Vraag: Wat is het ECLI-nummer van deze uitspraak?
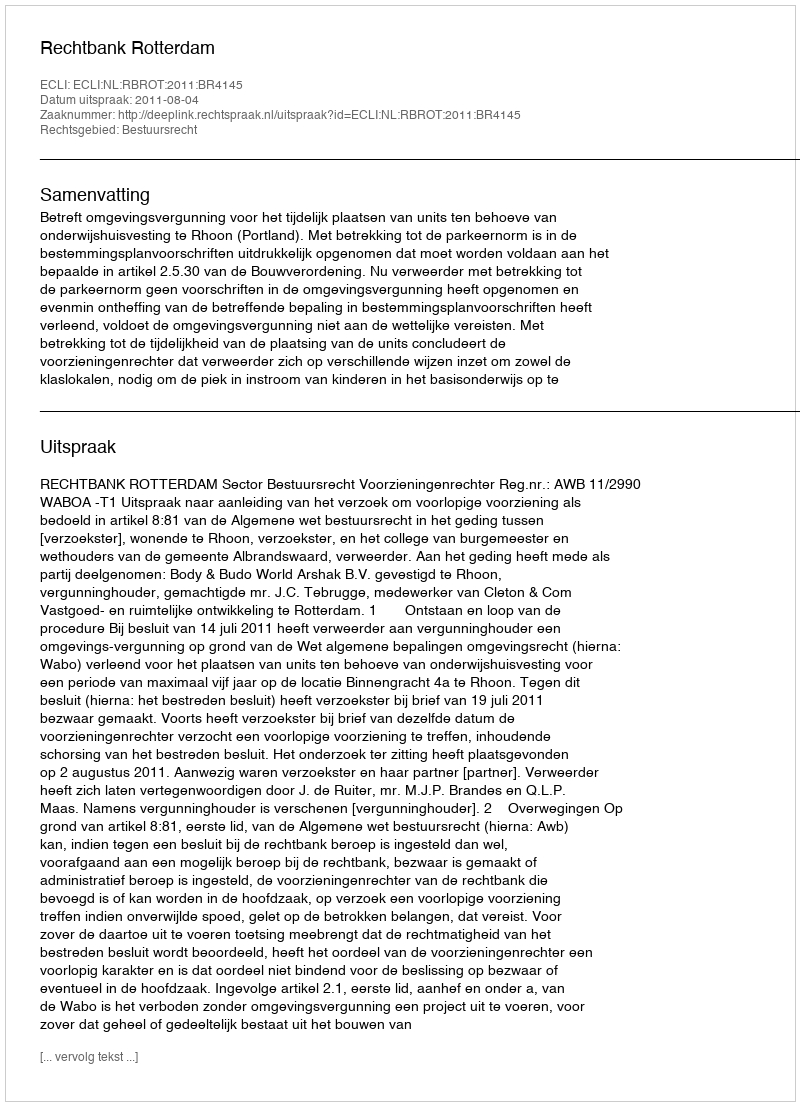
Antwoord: ECLI:NL:RBROT:2011:BR4145